Indian journal of veterinary science and animal husbandry - Volume 11,
Year: 1941
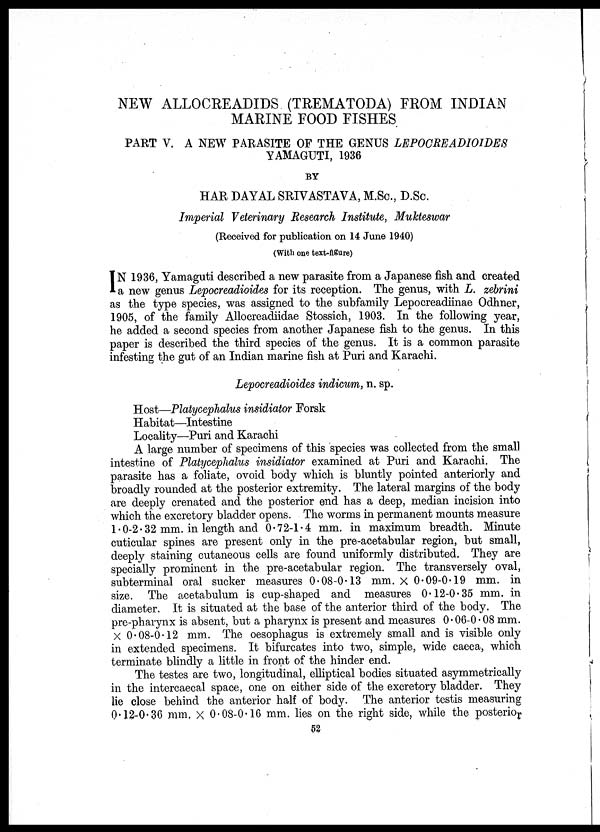
NEW ALLOCREADIDS (TREMATODA) FROM INDIAN
MARINE FOOD FISHES
PART V. A NEW PARASITE OF THE GENUS LEPOCREADIOIDES
YAMAGUTI, 1936
BY
HAR DAYAL SRIVASTAVA, M. Sc. , D. Sc.
Imperial Veterinary Research Institute, Mukteswar
(Received for publication on 14 June 1940)
(With one text-figure)
I N 1936, Yamaguti described a new parasite from a Japanese fish and created
a new genus Lepocreadioides for its reception. The genus, with L. zebrini
as the type species, was assigned to the subfamily Lepocreadiinae Odhner,
1905, of the family Allocreadiidae Stossich, 1903. In the following year,
he added a second species from another Japanese fish to the genus. In this
paper is described the third species of the genus. It is a common parasite
infesting the gut of an Indian marine fish at Puri and Karachi.
Lepocreadioides indicum, n. sp.
Host—Platycephalus insidiator Forsk
Habitat—Intestine
Locality—Puri and Karachi
A large number of specimens of this species was collected from the small
intestine of Platycephalus insidiator examined at Puri and Karachi. The
parasite has a foliate, ovoid body which is bluntly pointed anteriorly and
broadly rounded at the posterior extremity. The lateral margins of the body
are deeply crenated and the posterior end has a deep, median incision into
which the excretory bladder opens. The worms in permanent mounts measure
1.0-2.32 mm. in length and 0.72-1.4 mm. in maximum breadth. Minute
cuticular spines are present only in the pre-acetabular region, but small,
deeply staining cutaneous cells are found uniformly distributed. They are
specially prominent in the pre-acetabular region. The transversely oval,
subterminal oral sucker measures 0.08-0.13 mm. × 0.09-0.19 mm. in
size. The acetabulum is cup-shaped and measures 0.12-0.35 mm. in
diameter. It is situated at the base of the anterior third of the body. The
pre-pharynx is absent, but a pharynx is present and measures 0.06-0.08 mm.
× 0.08-0.12 mm. The oesophagus is extremely small and is visible only
in extended specimens. It bifurcates into two, simple, wide caeca, which
terminate blindly a little in front of the hinder end.
The testes are two, longitudinal, elliptical bodies situated asymmetrically
in the intercaecal space, one on either side of the excretory bladder. They
lie close behind the anterior half of body. The anterior testis measuring
0.12-0.36 mm. × 0.08-0.16 mm. lies on the right side, while the posterior
52